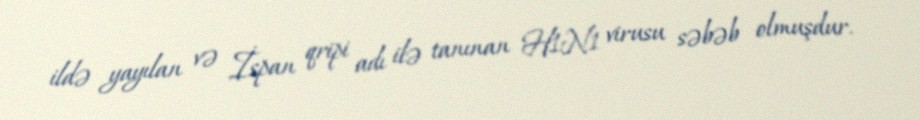
ildə yayılan və İspan qripi adı ilə tanınan H1N1 virusu səbəb olmuşdur.